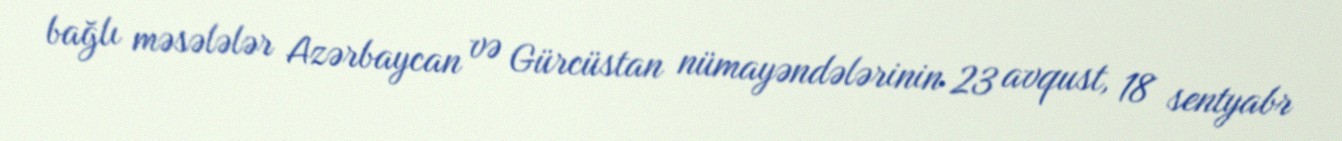
bağlı məsələlər Azərbaycan və Gürcüstan nümayəndələrinin 23 avqust, 18 sentyabr